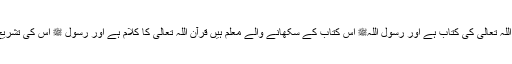
قرآن مجید اللہ تعالیٰ کی کتاب ہے اور رسول اللہﷺ اس کتاب کے سکھانے والے معلّم ہیں قرآن اللہ تعالیٰ کا کلام ہے اور رسول ﷺ اس کی تشریح کرتا ہے۔